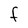
Character: F